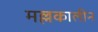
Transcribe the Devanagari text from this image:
मल्लकालीन